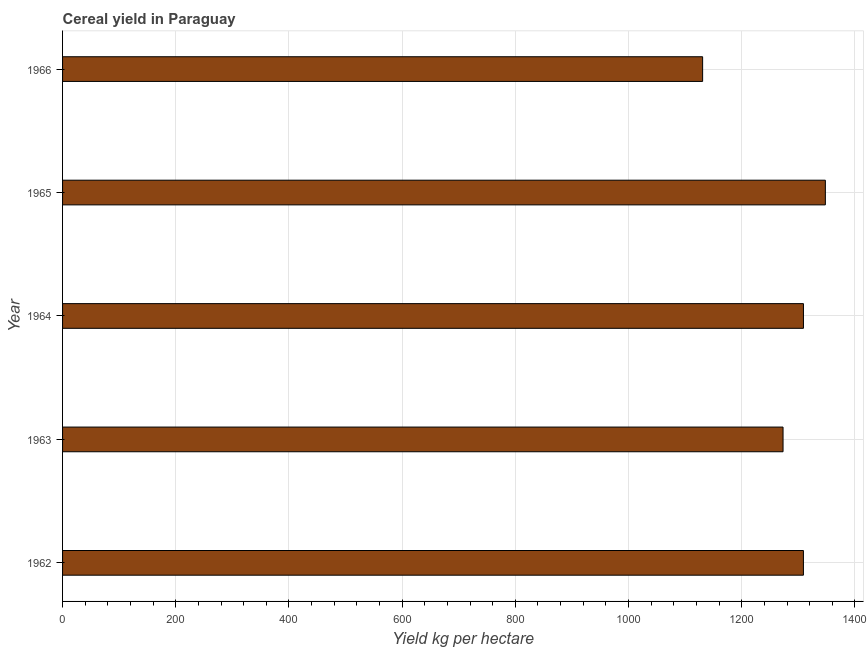
| Year | Cereal yield |
 | --- | --- |
 | 1962 | 1.31e+03 |
 | 1963 | 1.27e+03 |
 | 1964 | 1.31e+03 |
 | 1965 | 1.35e+03 |
 | 1966 | 1.13e+03 |